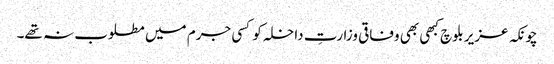
چونکہ عزیر بلوچ کبھی بھی وفاقی وزارتِ داخلہ کو کسی جرم میں مطلوب نہ تھے۔